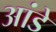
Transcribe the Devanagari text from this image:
आंडे